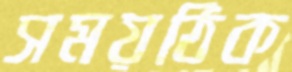
সময়ঠিক